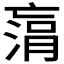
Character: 𠅻